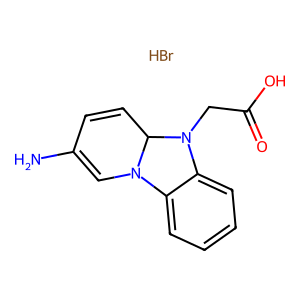
SMILES: Br.NC1=CN2c3ccccc3N(CC(=O)O)C2C=C1
Inhibits HIV replication: No